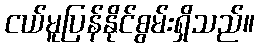
ငယ်မူပြန်နိုင်စွမ်းရှိသည်။